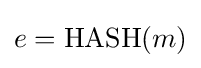
e={\textrm {HASH}}(m)